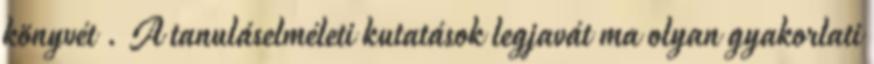
könyvét . A tanuláselméleti kutatások legjavát ma olyan gyakorlati